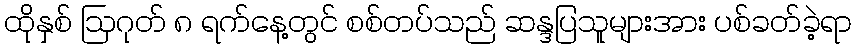
ထိုနှစ် ဩဂုတ် ၈ ရက်နေ့တွင် စစ်တပ်သည် ဆန္ဒပြသူများအား ပစ်ခတ်ခဲ့ရာ